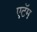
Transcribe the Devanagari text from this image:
एटॅम